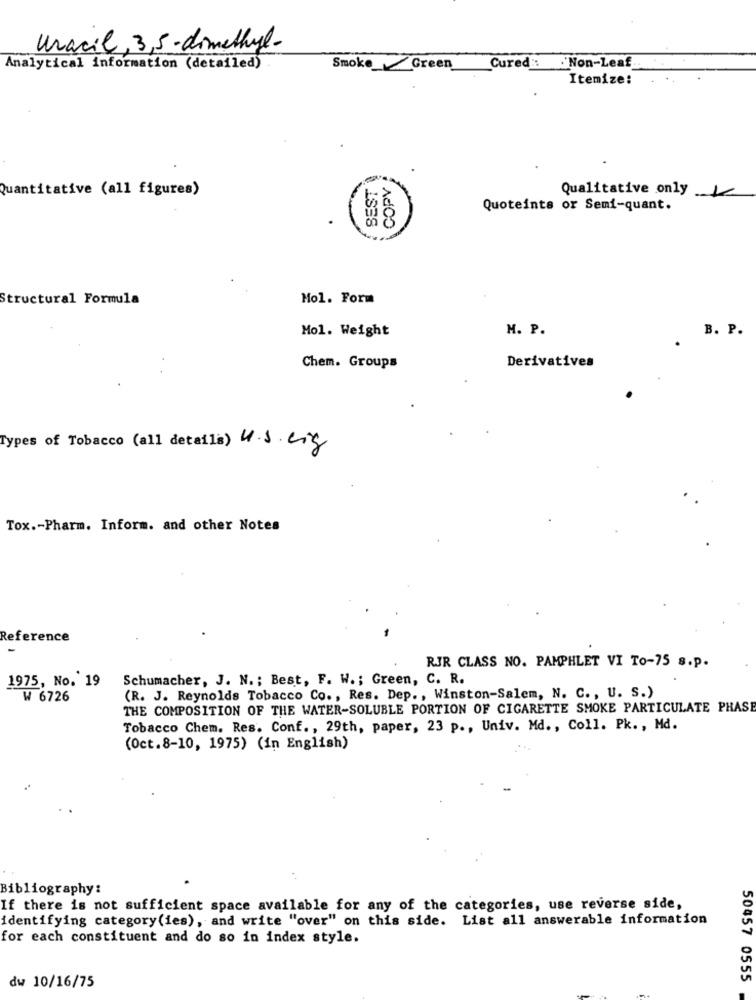
Uracil, 3,5-dimethyl-
Cured :: Non-Leaf
Analytical information (detailed)
Smoke/Green
Itemize:
COPY ;
BEST
Quantitative (all figures)
Qualitative only
Quoteints or Semi-quant.
Structural Formula
Mol. Form
Mol. Weight
M. P.
B. P.
Derivatives
Chem. Groups
Types of Tobacco (all details) U.S.e.g
Tox .- Pharm. Inform. and other Notes
Reference
RJR CLASS NO. PAMPHLET VI To-75 s.p.
1975, No. 19
Schumacher, J. N. ; Best, F. W .; Green, C. R.
W 6726
(R. J. Reynolds Tobacco Co ., Res. Dep ., Winston-Salem, N. C ., U. S.)
THE COMPOSITION OF THE WATER-SOLUBLE PORTION OF CIGARETTE SMOKE PARTICULATE PHASE
Tobacco Chem. Res. Conf ., 29th, paper, 23 p ., Univ. Md ., Coll. Pk ., Md.
(Oct.8-10, 1975) (in English)
Bibliography:
If there is not sufficient space available for any of the categories, use reverse side,
identifying category(ies), and write "over" on this side. List all answerable information
for each constituent and do so in index style.
dw 10/16/75
50457 0555